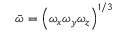
\bar { \omega } = \left( \omega _ { x } \omega _ { y } \omega _ { z } \right) ^ { 1 / 3 }